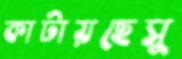
কাটায়ছেসু